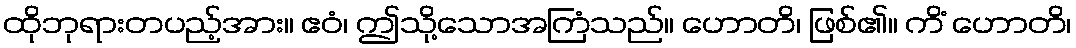
ထိုဘုရားတပည့်အား။ ဧဝံ၊ ဤသို့သောအကြံသည်။ ဟောတိ၊ ဖြစ်၏။ ကိံ ဟောတိ၊